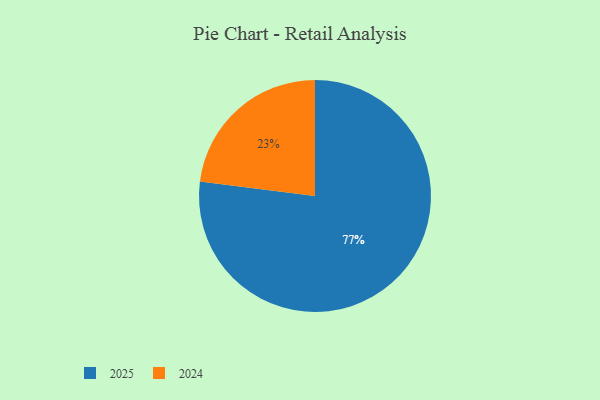
{"axis": {"x": "Category", "y": "Percentage"}, "legend": ["2024", "2025"], "data": [{"x": "2025", "y": 77, "type": "2025"}, {"x": "2024", "y": 23, "type": "2024"}]}